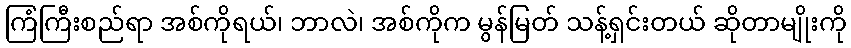
ကြံကြီးစည်ရာ အစ်ကိုရယ်၊ ဘာလဲ၊ အစ်ကိုက မွန်မြတ် သန့်ရှင်းတယ် ဆိုတာမျိုးကို